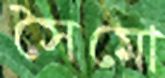
সৈমো